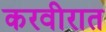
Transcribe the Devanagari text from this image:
करवीरात